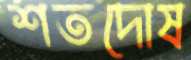
শতদোষ